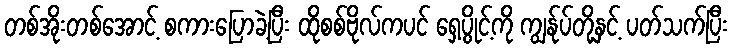
တစ်အိုးတစ်အောင့် စကားပြောခဲ့ပြီး ထိုစစ်ဗိုလ်ကပင် ရှေ့ပွိုင့်ကို ကျွန်ုပ်တို့နှင့် ပတ်သက်ပြီး